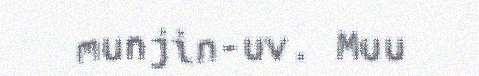
munjin-uv. Muu